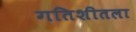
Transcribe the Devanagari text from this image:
गतिशीतला